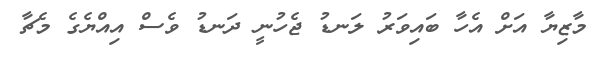
މާޒިޔާ އަށް އެހާ ބައިވަރު ލަނޑު ޖެހުނީ ދަނޑު ވެސް އިއްޔެގެ މެޗާ